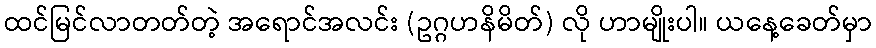
ထင်မြင်လာတတ်တဲ့ အရောင်အလင်း (ဥဂ္ဂဟနိမိတ်) လို ဟာမျိုးပါ။ ယနေ့ခေတ်မှာ